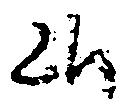
候